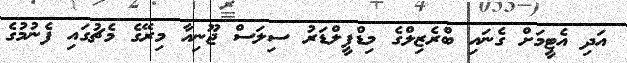
އަދި އެޓީމަށް ގެނައި ބްރެޒިލްގެ މިޑްފީލްޑަރު ސިލަސް ޖޫނިއާ މިރޭގެ މެޗުގައި ފެނުމުގެ